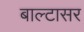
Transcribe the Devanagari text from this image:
बाल्टासर